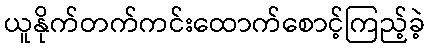
ယူနိုက်တက်ကင်းထောက်စောင့်ကြည့်ခဲ့